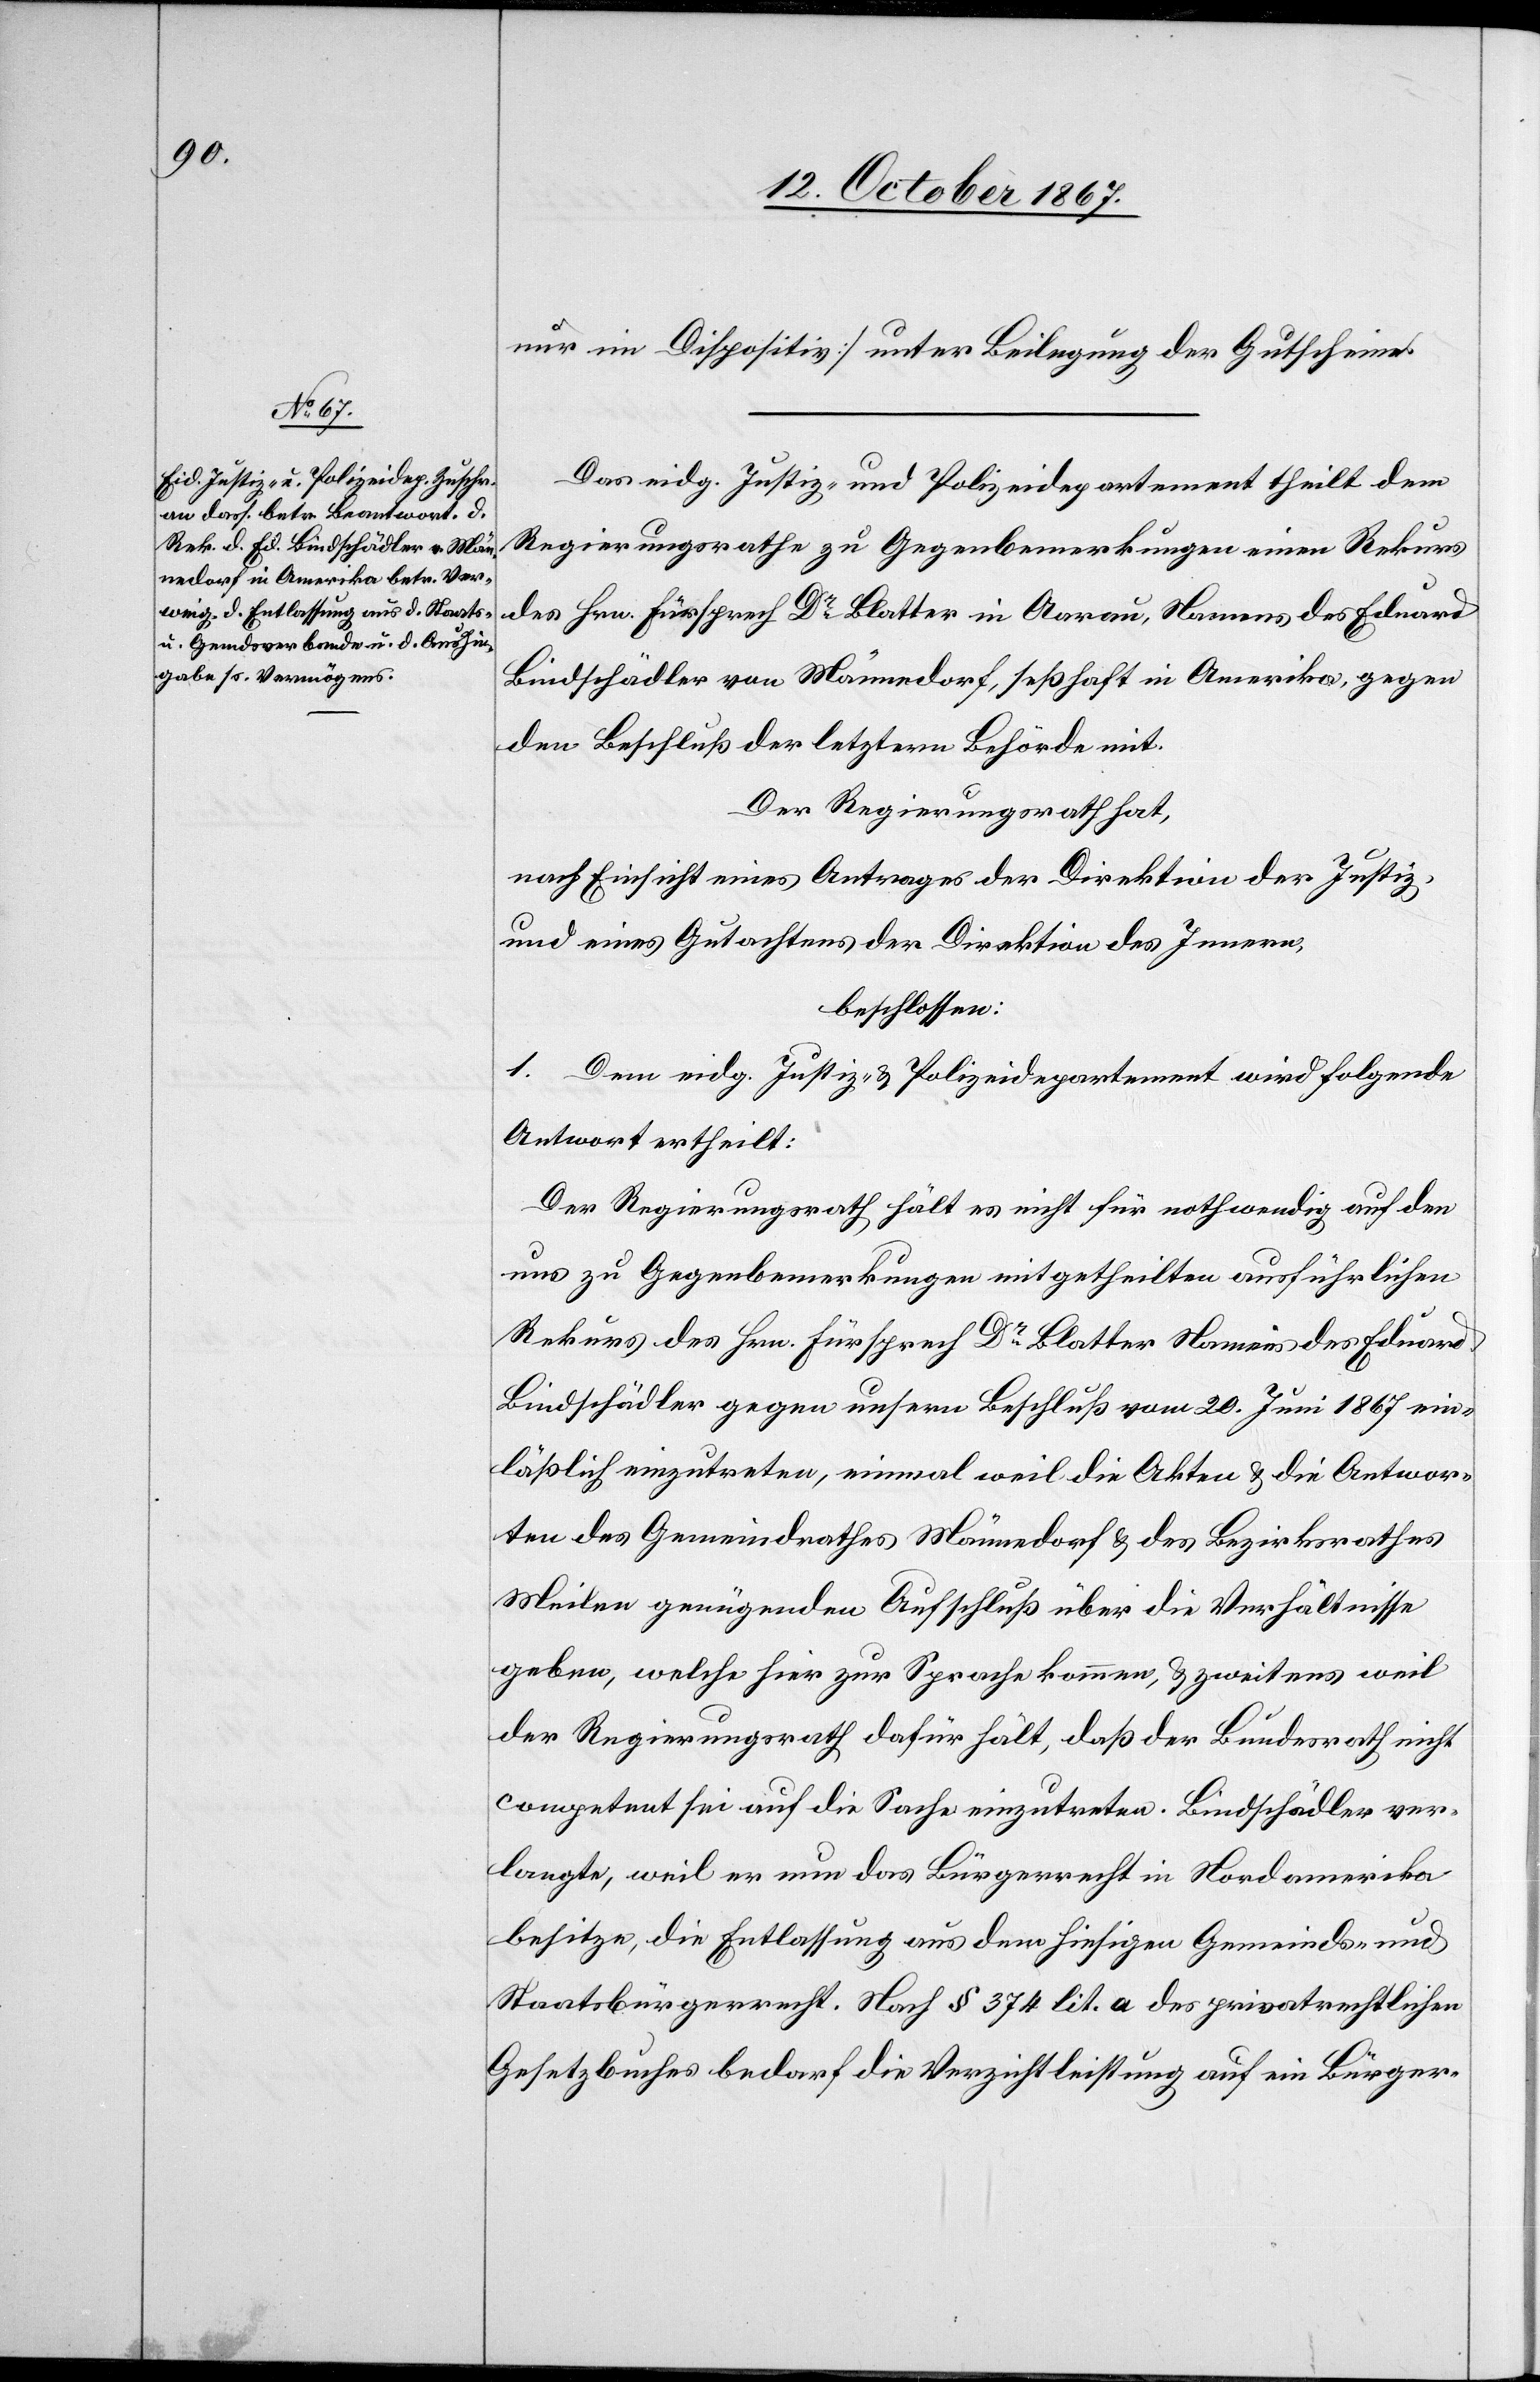
nur im Dispositiv] unter Beilegung der Gutscheine.
Das eidg. Justiz- u. Polizeidepartement theilt dem
Regierungsrathe zu Gegenbemerkungen einen Rekurs
des Hrn. Fürsprech Dr Blatter in Aarau, Namens des Eduard
Bindschädler von Männedorf, seßhaft in Amerika, gegen
den Beschluß der letztern Behörde mit.
Der Regierungsrath hat,
nach Einsicht eines Antrages der Direktion der Justiz,
und eines Gutachtens der Direktion des Innern,
beschlossen:
1. Dem eidg. Justiz- u. Polizeidepartement wird Folgende
Antwort ertheilt:
Der Regierungsrath hält es nicht für nothwendig auf den
uns zu Gegenbemerkungen mitgetheilten ausführlichen
Rekurs des Hrn. Fürsprech Dr Blatter Namens des Eduard
Bindschädler gegen unsern Beschluß vom 20. Juni 1867 ein¬
läßlich einzutreten, einmal weil die Akten u. die Antwor¬
ten des Gemeindrathes Männedorf u. des Bezirksrathes
Meilen genügenden Aufschluß über die Verhältnisse
geben, welche hier zur Sprache kommen, u. zweitens weil
der Regierungsrath dafür hält, daß der Bundesrath nicht
competent sei auf die Sache einzutreten. Bindschädler ver¬
langte, weil er nun das Bürgerrecht in Nordamerika
besitze, die Entlassung aus dem hiesigen Gemeinds- und
Staatsbürgerrecht. Nach § 374 lit. a des privatrechtlichen
Gesetzbuches bedarf die Verzichtleistung auf ein Bürger-